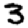
Digit: 3